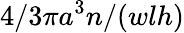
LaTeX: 4/3\pi a^{3}n/(wlh)